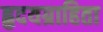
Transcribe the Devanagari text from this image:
हृदयग्राहिता